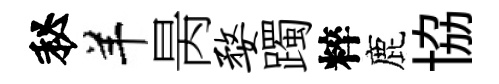
秘羊昺婺躅粹鹿協